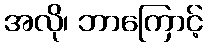
အလို၊ ဘာကြောင့်